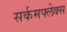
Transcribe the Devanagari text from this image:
सर्कमफ्लेक्स